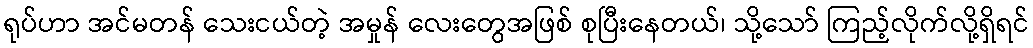
ရုပ်ဟာ အင်မတန် သေးငယ်တဲ့ အမှုန် လေးတွေအဖြစ် စုပြီးနေတယ်၊ သို့သော် ကြည့်လိုက်လို့ရှိရင်